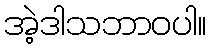
အဲ့ဒါသဘာဝပါ။